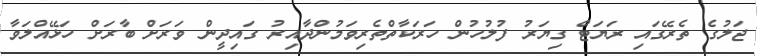
ޖަލުގެ ތެރޭގައި ރަޔަޓް ގިޔަރު ފުލުހުން ހަރަކާތްތެރިވަމުންދާއިރު ގައިދީން ވަރަށް ބާރަށް ހަޅޭއްލަވާ